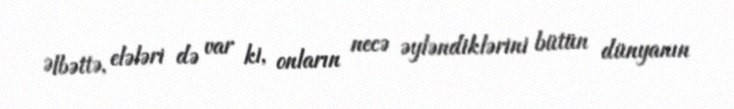
Əlbəttə, elələri də var ki, onların necə əyləndiklərini bütün dünyanın